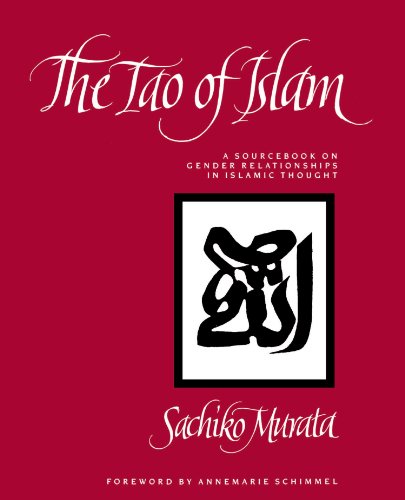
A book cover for The Tao of Islam: A Sourcebook on Gender Relationships in Islamic Thought; Sachiko Murata; Religion & Spirituality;